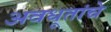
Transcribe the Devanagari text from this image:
अवधूतांचे